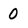
Character: O